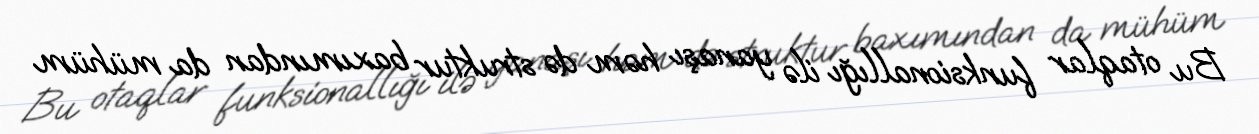
Bu otaqlar funksionallığı ilə yanaşı həm də struktur baxımından da mühüm